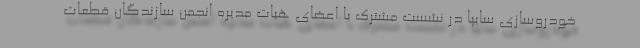
خودروسازی سایپا در نشست مشترک با اعضای هیات مدیره انجمن سازندگان قطعات